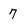
Character: 7